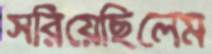
সরিয়েছিলেম